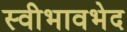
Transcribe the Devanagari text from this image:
स्वीभावभेद